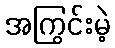
အကြွင်းမဲ့